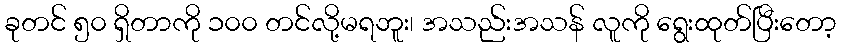
ခုတင် ၅၀ ရှိတာကို ၁၀၀ တင်လို့မရဘူး၊ အသည်းအသန် လူကို ရွေးထုတ်ပြီးတော့